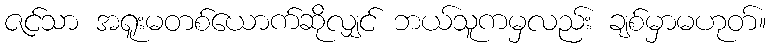
ဇင်သာ အရူးမတစ်ယောက်ဆိုလျှင် ဘယ်သူကမှလည်း ချစ်မှာမဟုတ်။